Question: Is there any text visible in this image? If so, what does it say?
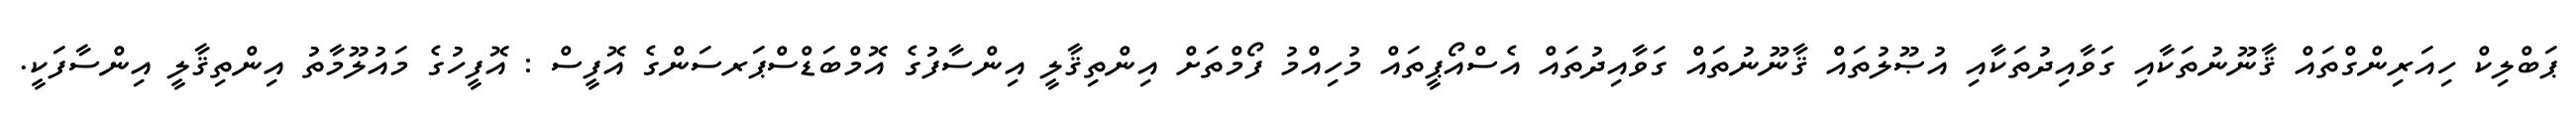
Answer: ޕަބްލިކް ހިއަރިންގްތައް ޤާނޫނުތަކާއި ގަވާއިދުތަކާއި އުޞޫލުތައް ޤާނޫނުތައް ގަވާއިދުތައް އެސްއޯޕީތައް މުހިއްމު ފޯމްތަށް އިންތިޤާލީ އިންސާފުގެ އޮމްބަޑްސްޕަރސަންގެ އޮފީސް : އޮފީހުގެ މައުލޫމާތު އިންތިޤާލީ އިންސާފަކީ.